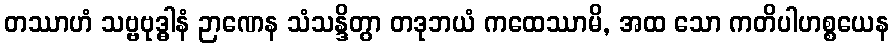
တဿာဟံ သဗ္ဗဗုဒ္ဓါနံ ဉာဏေန သံသန္ဒိတွာ တဒုဘယံ ကထေဿာမိ, အထ သော ကတိပါဟစ္စယေန